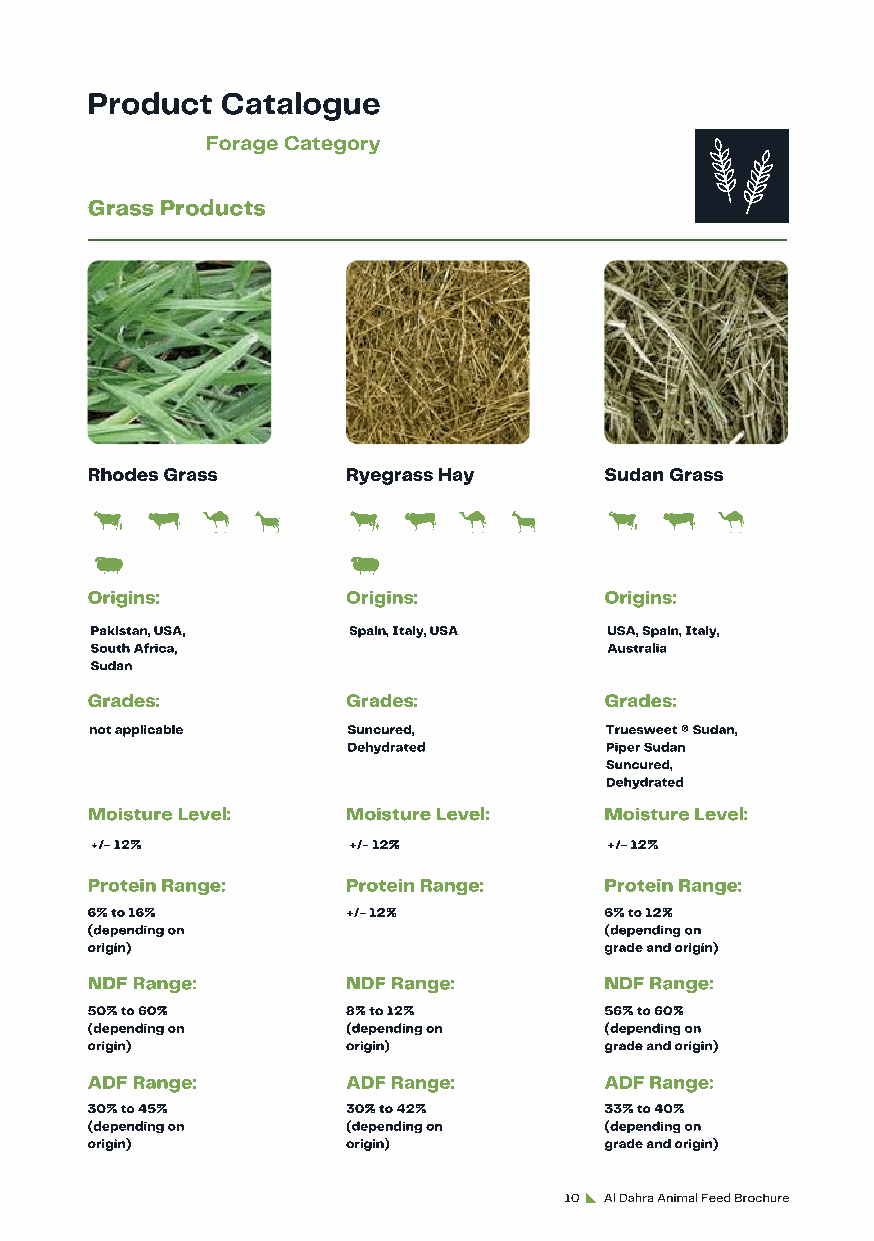
Product  Catalogue
 Forage Category
 Grass Products
 Rhodes Grass     Ryegrass Hay     Sudan Grass
 Origins:         Origins:         Origins:
 Pakistan, USA,   Spain, Italy, USA USA, Spain, Italy,
 South Africa,                     Australia
 Sudan
 Grades:          Grades:          Grades:
 not applicable   Suncured,        Truesweet ® Sudan,
 Dehydrated       Piper Sudan
 Suncured,
 Dehydrated
 Moisture Level:  Moisture Level:  Moisture Level:
 +/- 12%          +/- 12%          +/- 12%
 Protein Range:   Protein Range:   Protein Range:
 6% to 16%        +/- 12%          6% to 12%
 (depending on                     (depending on
 origin)                           grade and origin)
 NDF Range:       NDF Range:       NDF Range:
 50% to 60%       8% to 12%        56% to 60%
 (depending on    (depending on    (depending on
 origin)          origin)          grade and origin)
 ADF Range:       ADF Range:       ADF Range:
 30% to 45%       30% to 42%       33% to 40%
 (depending on    (depending on    (depending on
 origin)          origin)          grade and origin)
 10 Al Dahra Animal Feed Brochure